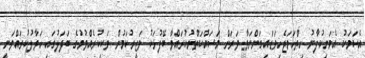
އެކަމަކު އެމަނިކުފާނު ހިތްހަމަޖެހިވަޑައިގަންނަވާ ވަރަށް މަސައްކަތްނުކުރައްވާ ބޭފުޅަކު ވަޒީރުކަމުން ވަކިކުރެއްވުމުގެ ބަދަލުގައި ހަވާލުކުރައްވަނީ